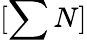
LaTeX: [\sum N]